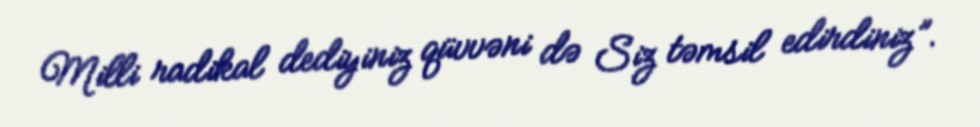
Milli radikal dediyiniz qüvvəni də Siz təmsil edirdiniz”.